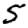
Digit: 5